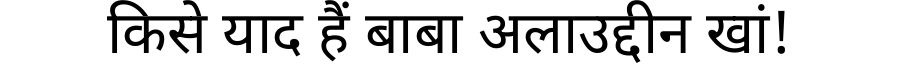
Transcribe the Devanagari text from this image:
किसे याद हैं बाबा अलाउद्दीन खां!